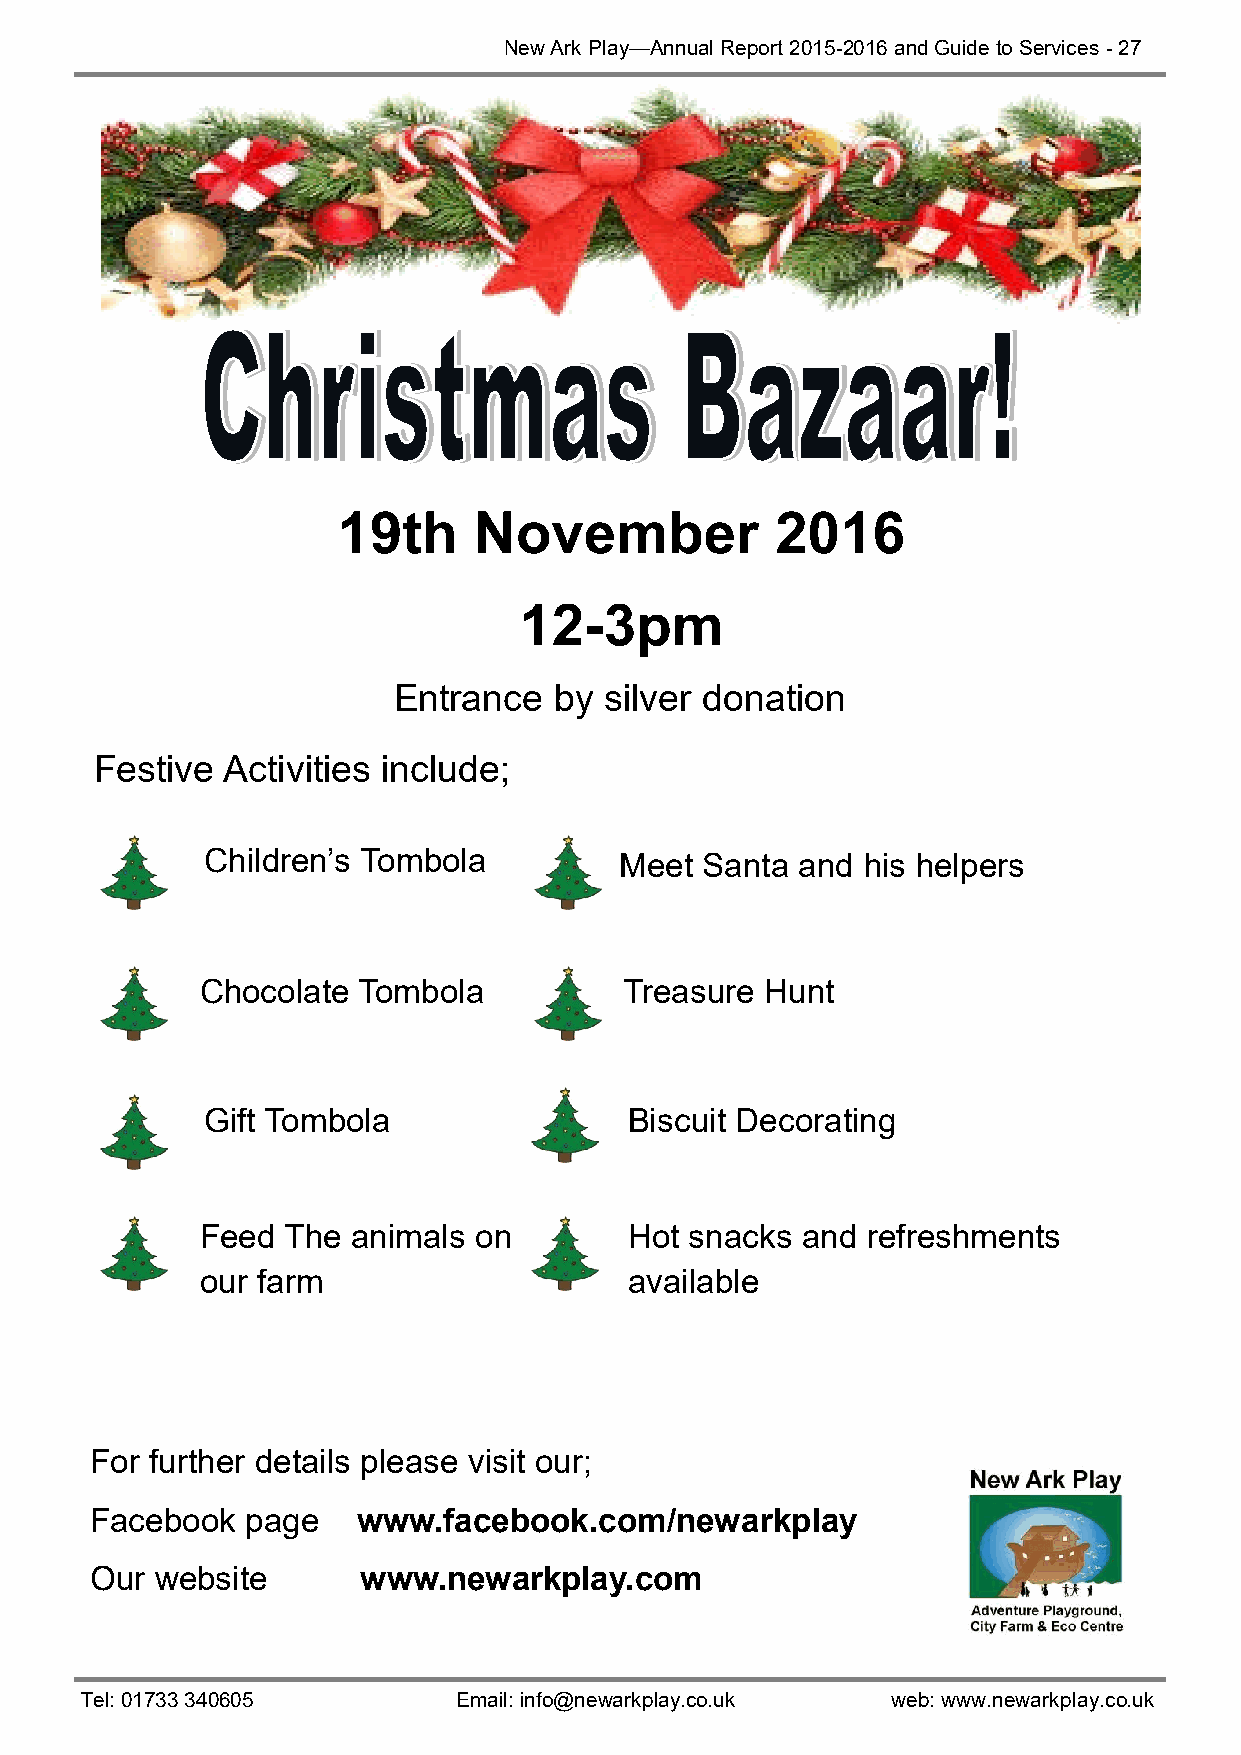
New Ark Play—Annual Report 2015-2016 and Guide to Services - 27
 19th     November            2016
 12-3pm
 Entrance   by silver donation
 Festive  Activities include;
 Children’s Tombola         Meet Santa  and his helpers
 Chocolate  Tombola          Treasure  Hunt
 Gift Tombola                Biscuit Decorating
 Feed  The animals on         Hot snacks and refreshments
 our farm                     available
 For further details please visit our;
 Facebook  page    www.facebook.com/newarkplay
 Our website       www.newarkplay.com
 Tel: 01733 340605        Email: info@newarkplay.co.uk web: www.newarkplay.co.uk